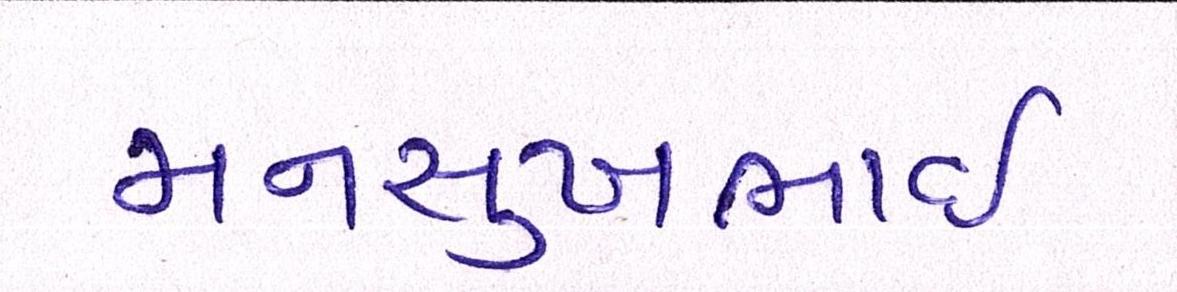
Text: મનસુખભાઈ